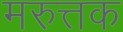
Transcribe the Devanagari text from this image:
मरुत्तक